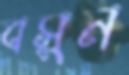
বসুন